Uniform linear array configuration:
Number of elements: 4
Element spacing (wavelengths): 0.75
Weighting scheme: kaiser
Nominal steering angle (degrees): -45
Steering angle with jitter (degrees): -44.75
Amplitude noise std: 0.05
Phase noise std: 0.05

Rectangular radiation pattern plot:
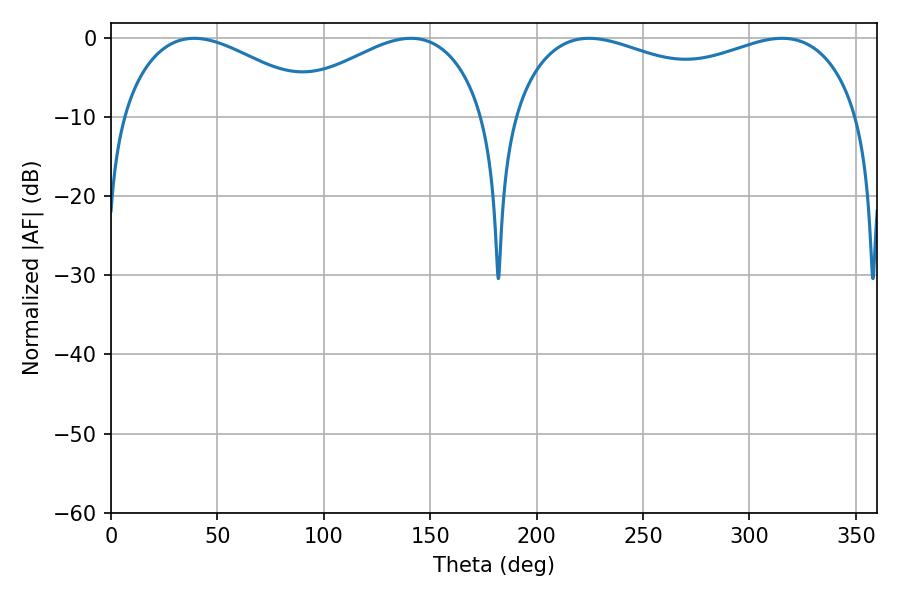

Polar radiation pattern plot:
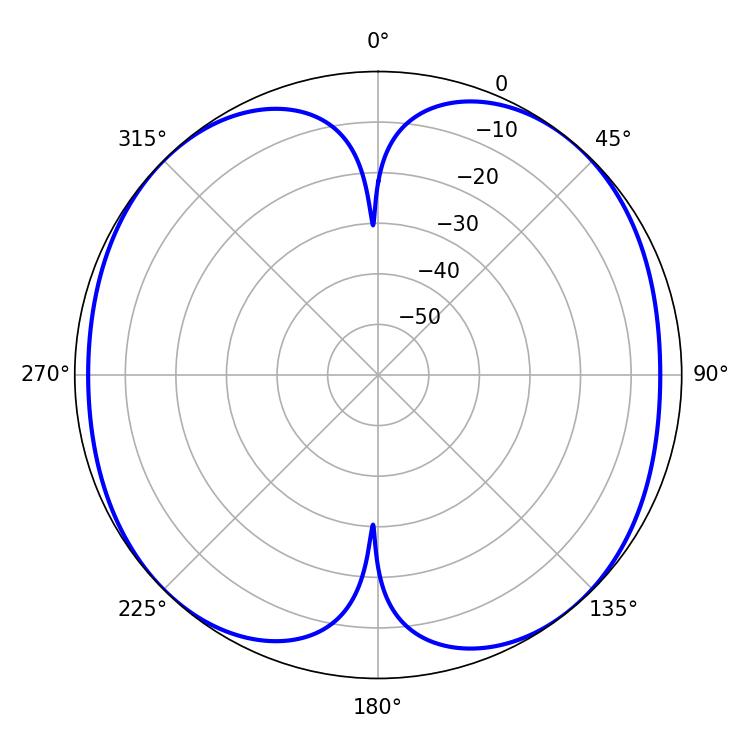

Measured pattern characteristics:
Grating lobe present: TRUE
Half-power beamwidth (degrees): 52.56
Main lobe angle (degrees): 39.06